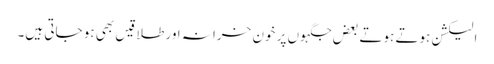
الیکشن ہوتے ہوتے بعض جگہوں پر خون خرانہ اور طلاقیں بھی ہو جاتی ہیں۔